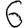
Digit: 6